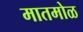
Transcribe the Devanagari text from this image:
मातमोळ